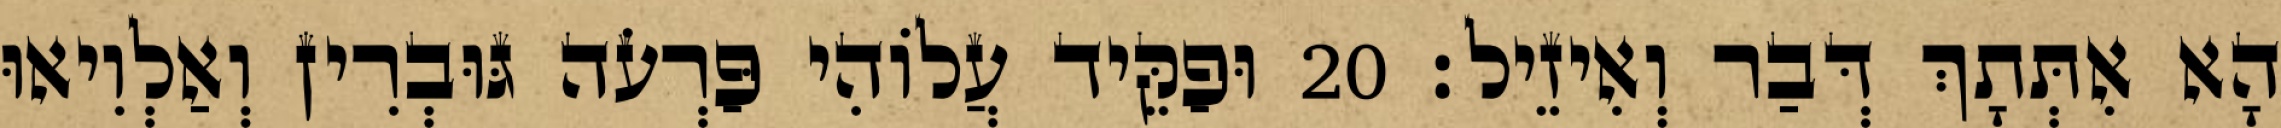
הָא אִתְּתָךְ דְּבַר וְאִיזֵיל׃ 20 וּפַקֵּיד עֲלוֹהִי פַּרְעֹה גּוּבְרִין וְאַלְוִיאוּ